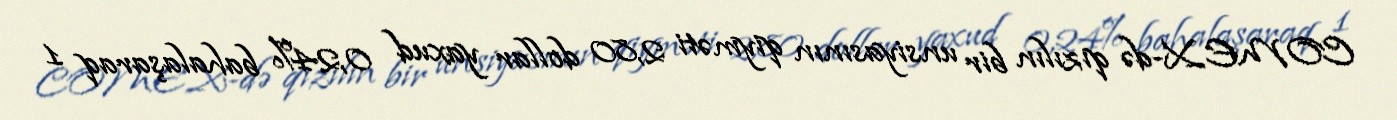
COMEX-də qızılın bir unsiyasının qiyməti 2,80 dollar yaxud 0,24% bahalaşaraq 1